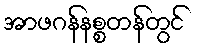
အာဖဂန်နစ္စတန်တွင်